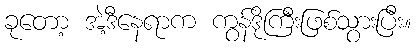
ခုတော့ အဲ့ဒီနေရာက ကွန်ဒိုကြီးဖြစ်သွားပြီး။